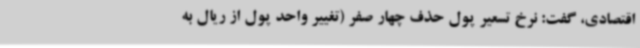
اقتصادی، گفت: نرخ تسعیر پول حذف چهار صفر (تغییر واحد پول از ریال به